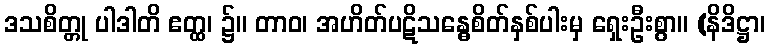
ဒသစိတ္တု ပါဒါတိ ဧတ္ထ၊ ၌။ တာဝ၊ အဟိတ်ပဋိသန္ဓေစိတ်နှစ်ပါးမှ ရှေးဦးစွာ။ (နိဒိဋ္ဌာ၊